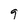
Character: 9